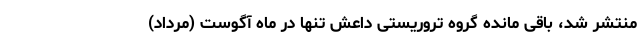
منتشر شد، باقی مانده گروه تروریستی داعش تنها در ماه آگوست (مرداد)